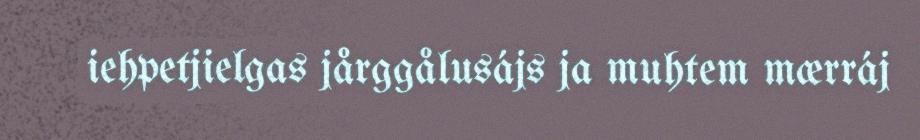
iehpetjielgas jårggålusájs ja muhtem mærráj